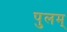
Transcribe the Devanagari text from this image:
पुलम्